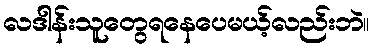
လဒါန်းသူတွေရနေပေမယ့်လည်းဘဲ။